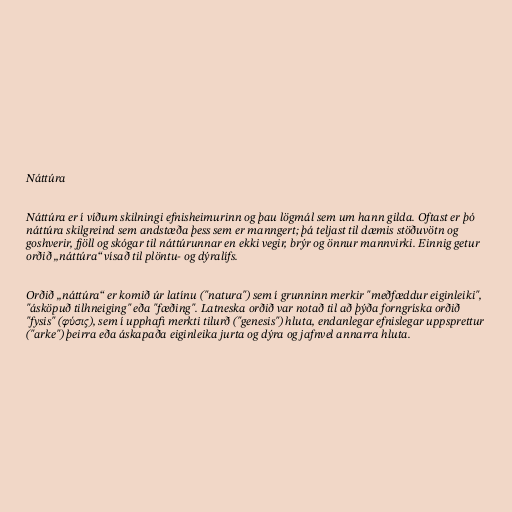
Náttúra

Náttúra er í víðum skilningi efnisheimurinn og þau lögmál sem um hann gilda. Oftast er þó
náttúra skilgreind sem andstæða þess sem er manngert; þá teljast til dæmis stöðuvötn og
goshverir, fjöll og skógar til náttúrunnar en ekki vegir, brýr og önnur mannvirki. Einnig getur
orðið „náttúra“ vísað til plöntu- og dýralífs.

Orðið „náttúra“ er komið úr latínu ("natura") sem í grunninn merkir "meðfæddur eiginleiki",
"ásköpuð tilhneiging" eða "fæðing". Latneska orðið var notað til að þýða forngríska orðið
"fysis" (φύσις), sem í upphafi merkti tilurð ("genesis") hluta, endanlegar efnislegar uppsprettur
("arke") þeirra eða áskapaða eiginleika jurta og dýra og jafnvel annarra hluta.